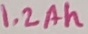
Text: 1.2Ah